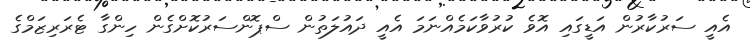
އެއީ ސަރުކާރުން އަޑީގައި އޮވެ ކުރުވާކަމެއްނަމަ އެއީ ދައުލަތުން ސްޕޮންސަރުކޮށްގެން ހިންގާ ޓެރަރިޒަމްގެ